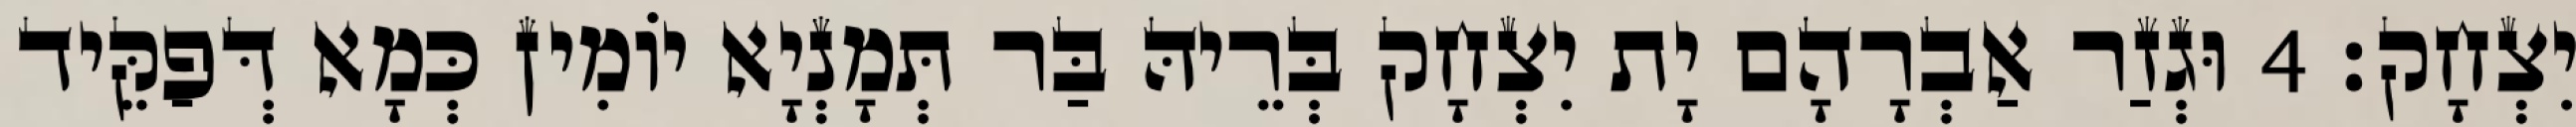
יִצְחָק׃ 4 וּגְזַר אַבְרָהָם יָת יִצְחָק בְּרֵיהּ בַּר תְּמָנְיָא יוֹמִין כְּמָא דְּפַקֵּיד